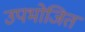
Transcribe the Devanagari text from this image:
उपभोजित